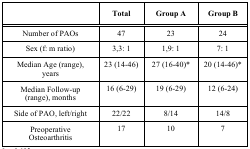
<table><thead><tr><td></td><td><b>Total</b></td><td><b>Group A</b></td><td><b>Group B</b></td></tr></thead><tbody><tr><td>Number of PAOs</td><td>47</td><td>23</td><td>24</td></tr><tr><td>Sex (f: m ratio)</td><td>3,3: 1</td><td>1,9: 1</td><td>7: 1</td></tr><tr><td>Median Age (range), years</td><td>23 (14-46)</td><td>27 (16-40)*</td><td>20 (14-46)*</td></tr><tr><td>Median Follow-up (range), months</td><td>16 (6-29)</td><td>19 (6-29)</td><td>12 (6-24)</td></tr><tr><td>Side of PAO, left/right</td><td>22/22</td><td>8/14</td><td>14/8</td></tr><tr><td>Preoperative Osteoarthritis </td><td>17</td><td>10</td><td>7</td></tr></tbody></table>